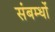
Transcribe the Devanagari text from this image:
संबम्धों